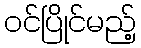
ဝင်ပြိုင်မည့်